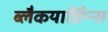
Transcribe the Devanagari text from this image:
ब्लैकयार्डिंग्न्स